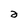
Character: 2